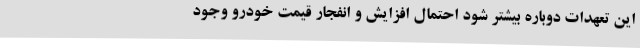
این تعهدات دوباره بیشتر شود احتمال افزایش و انفجار قیمت خودرو وجود